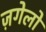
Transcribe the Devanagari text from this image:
ज़गेलो